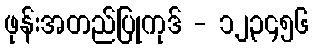
ဖုန်းအတည်ပြုကုဒ် - ၁၂၃၄၅၆